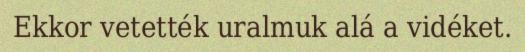
Ekkor vetették uralmuk alá a vidéket.